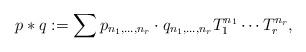
LaTeX: \begin{align*}p\ast q:=\sum p_{n_1,\dots,n_r}\cdot q_{n_1,\dots,n_r} T_1^{n_1}\cdots T_r^{n_r},\end{align*}